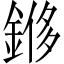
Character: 𫒬